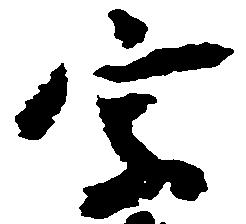
字